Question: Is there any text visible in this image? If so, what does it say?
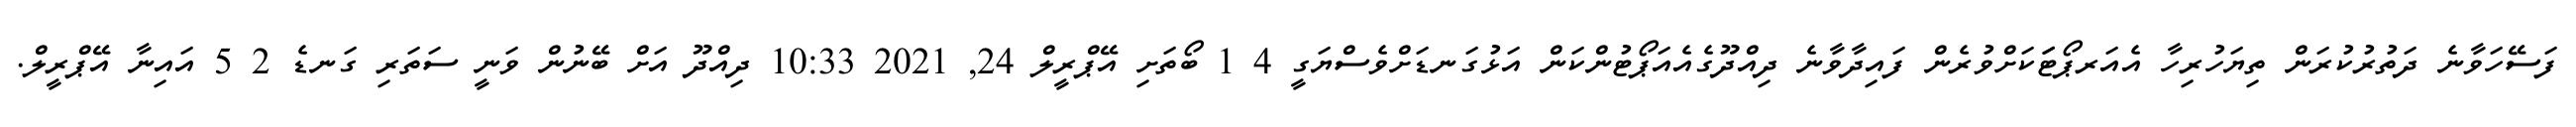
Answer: ފަސޭހަވާނެ ދަތުރުކުރަން ތިޔަހުރިހާ އެއަރޕޯޓަަކަށްވުރެން ފައިދާވާނެ ދިއްދޫގެއެއަޕޯޓުންކަން އަޅުގަނޑަށްވެސްޔަގީ 4 1 ބޯތަށި އޭޕްރީލް 24, 2021 10:33 ދިއްދޫ އަށް ބޭނުން ވަނީ ސަތަރި ގަނޑެ 2 5 އައިނާ އޭޕްރީލް.